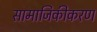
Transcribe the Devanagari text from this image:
सामाजिकीकरण